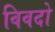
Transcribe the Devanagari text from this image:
विवदो